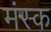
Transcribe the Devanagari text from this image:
मंस्क